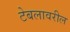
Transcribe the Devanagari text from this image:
टेबलावरील